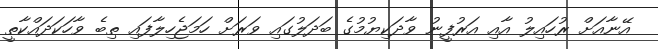
އޭނާއަށް ރުހައިލު އާއި އަރުފީނު ވާދަކިޔުމުގެ ބަދަލުގައި ވަރަށް ހަމަޖެހިލާފައި ތިބެ ވާހަކަދައްކާތީ